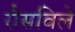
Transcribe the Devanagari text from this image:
रौसविले